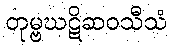
တုမ္ဗဃဋိဆဝသီသံ